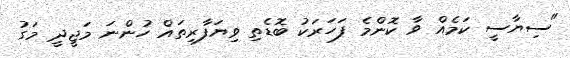
"ސިޔާސީ ކަމެއް ވާ ކޮންމެ ފަހަރަކު ބޮޑެތި ވިޔަފާރިތައް ހުންނަ މަޖީދީ މަގު